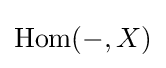
\mathrm {Hom} (-,X)